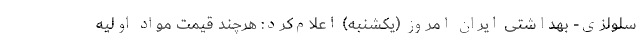
سلولزی- بهداشتی ایران امروز (یکشنبه) اعلام‌کرد: هرچند قیمت مواد اولیه